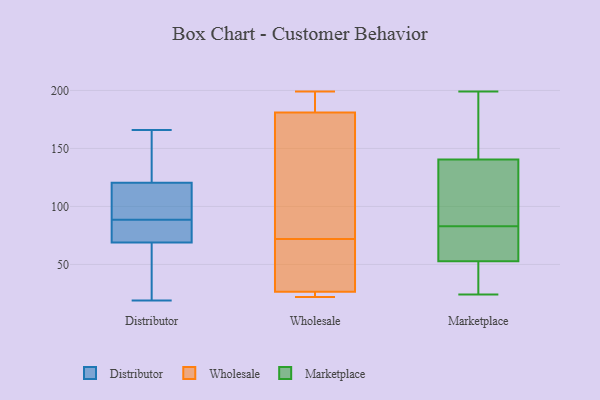
{"axis": {"x": "Energy Usage (MWh)", "y": "Value"}, "legend": ["Distributor", "Marketplace", "Wholesale"], "data": [{"x": "", "y": 74, "type": "Distributor"}, {"x": "", "y": 166, "type": "Distributor"}, {"x": "", "y": 118, "type": "Distributor"}, {"x": "", "y": 162, "type": "Distributor"}, {"x": "", "y": 160, "type": "Distributor"}, {"x": "", "y": 75, "type": "Distributor"}, {"x": "", "y": 79, "type": "Distributor"}, {"x": "", "y": 156, "type": "Distributor"}, {"x": "", "y": 98, "type": "Distributor"}, {"x": "", "y": 123, "type": "Distributor"}, {"x": "", "y": 78, "type": "Distributor"}, {"x": "", "y": 37, "type": "Distributor"}, {"x": "", "y": 98, "type": "Distributor"}, {"x": "", "y": 79, "type": "Distributor"}, {"x": "", "y": 19, "type": "Distributor"}, {"x": "", "y": 103, "type": "Distributor"}, {"x": "", "y": 64, "type": "Distributor"}, {"x": "", "y": 52, "type": "Distributor"}, {"x": "", "y": 117, "type": "Distributor"}, {"x": "", "y": 51, "type": "Distributor"}, {"x": "", "y": 199, "type": "Wholesale"}, {"x": "", "y": 82, "type": "Wholesale"}, {"x": "", "y": 37, "type": "Wholesale"}, {"x": "", "y": 27, "type": "Wholesale"}, {"x": "", "y": 153, "type": "Wholesale"}, {"x": "", "y": 62, "type": "Wholesale"}, {"x": "", "y": 23, "type": "Wholesale"}, {"x": "", "y": 22, "type": "Wholesale"}, {"x": "", "y": 26, "type": "Wholesale"}, {"x": "", "y": 176, "type": "Wholesale"}, {"x": "", "y": 186, "type": "Wholesale"}, {"x": "", "y": 186, "type": "Wholesale"}, {"x": "", "y": 198, "type": "Marketplace"}, {"x": "", "y": 64, "type": "Marketplace"}, {"x": "", "y": 65, "type": "Marketplace"}, {"x": "", "y": 24, "type": "Marketplace"}, {"x": "", "y": 139, "type": "Marketplace"}, {"x": "", "y": 145, "type": "Marketplace"}, {"x": "", "y": 54, "type": "Marketplace"}, {"x": "", "y": 36, "type": "Marketplace"}, {"x": "", "y": 199, "type": "Marketplace"}, {"x": "", "y": 49, "type": "Marketplace"}, {"x": "", "y": 98, "type": "Marketplace"}, {"x": "", "y": 131, "type": "Marketplace"}, {"x": "", "y": 83, "type": "Marketplace"}]}